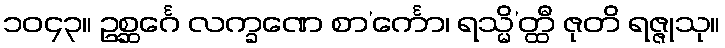
၁၀၄၃။ ဥစ္ဆင်္ဂေ လက္ခဏေ စာ’င်္ကော၊ ရသ္မိ’တ္ထီ ဇုတိ ရဇ္ဇုသု။